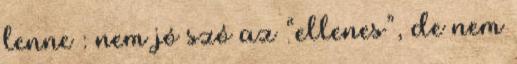
lenne : nem jó szó az “ellenes”, de nem